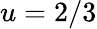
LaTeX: u=2/3